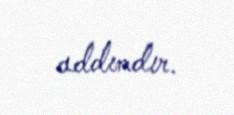
addımdır.